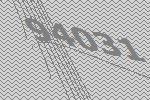
94031